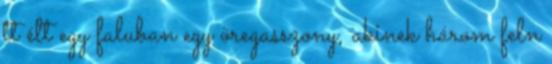
tt élt egy faluban egy öregasszony, akinek három feln